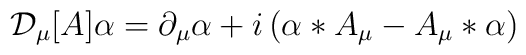
{\cal D}_\mu[A] \alpha = \partial_\mu \alpha + i \left( \alpha*A_\mu - A_\mu*\alpha\right)